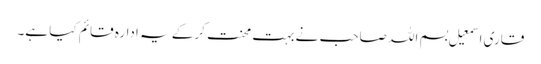
قاری اسمعیل بسم اللہ صاحب نے بہت محنت کرکے یہ ادارہ قائم کیا ہے۔